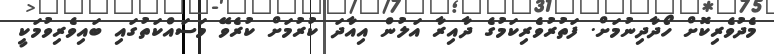
މެދުވެރިކޮށް ހޯދާދިނުމަށް. ފަތުރުވެރިކަމުގެ ދާއިރާ އަލުން އިއާދަ ކުރުމަށް ކުރެވޭ މަސައްކަތުގައި ބައިވެރިވުމަކީ